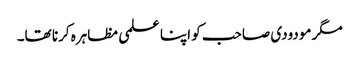
مگر مودودی صاحب کو اپنا علمی مظاہرہ کرنا تھا۔